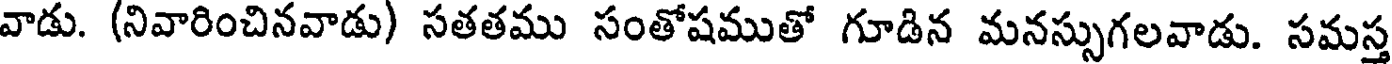
వాడు. (నివారించినవాడు) సతతము సంతోషముతో గూడిన మనస్సుగలవాడు. సమస్త